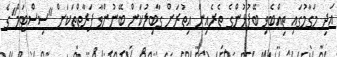
އަދި މަގާމުގައި ތިއްބެވި ބޭފުޅުންގެ ތެރެއިން އިތުރަށް ގާބިލުކަން ބޭނުންވާ ފަރާތްތަކަށް "ސިސްޓަމް"ގެ